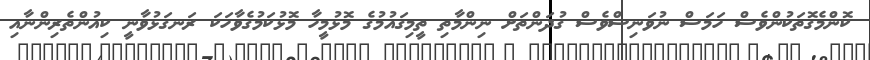
ކޮންމެގޮތަކުންވެސް ހަމަސް ނުވަނިސްވެސް ގުދަންތަށް ނިންމާތި ތީމިގައުމުގެ މޮޅުމީހާ މޮޅުކަމުގެވާހަކަ ރަނގަޅުވާނީ ކިއުންތެރިންނާއި